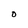
Character: O